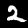
Digit: 2